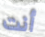
أنت